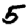
Digit: 5